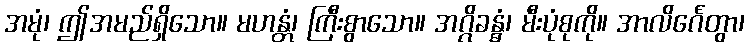
အမုံ၊ ဤအမည်ရှိသော။ မဟန္တံ၊ ကြီးစွာသော။ အဂ္ဂိခန္ဓံ၊ မီးပုံစုကို။ အာလိင်္ဂေတွာ၊